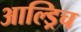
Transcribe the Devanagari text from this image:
आल्ड्रिच